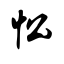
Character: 忪